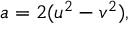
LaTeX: a = 2 ( u ^ { 2 } - v ^ { 2 } ) ,